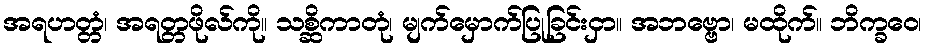
အရဟတ္တံ၊ အရတ္တဖိုလ်ကို။ သစ္ဆိကာတုံ၊ မျက်မှောက်ပြုခြင်းငှာ။ အဘဗ္ဗော၊ မထိုက်။ ဘိက္ခဝေ၊